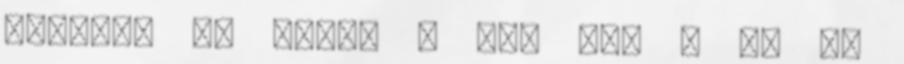
tanösvé és búbos . lHa már ö bá nt